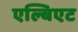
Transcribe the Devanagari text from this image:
एल्बिएट